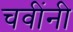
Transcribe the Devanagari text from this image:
चवींनी